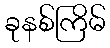
ခုနစ်ကြိမ်